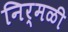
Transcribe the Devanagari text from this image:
निर्मळी